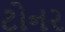
ટોનર